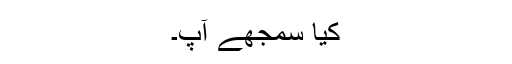
کیا سمجھے آپ۔